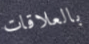
بالعلاقات